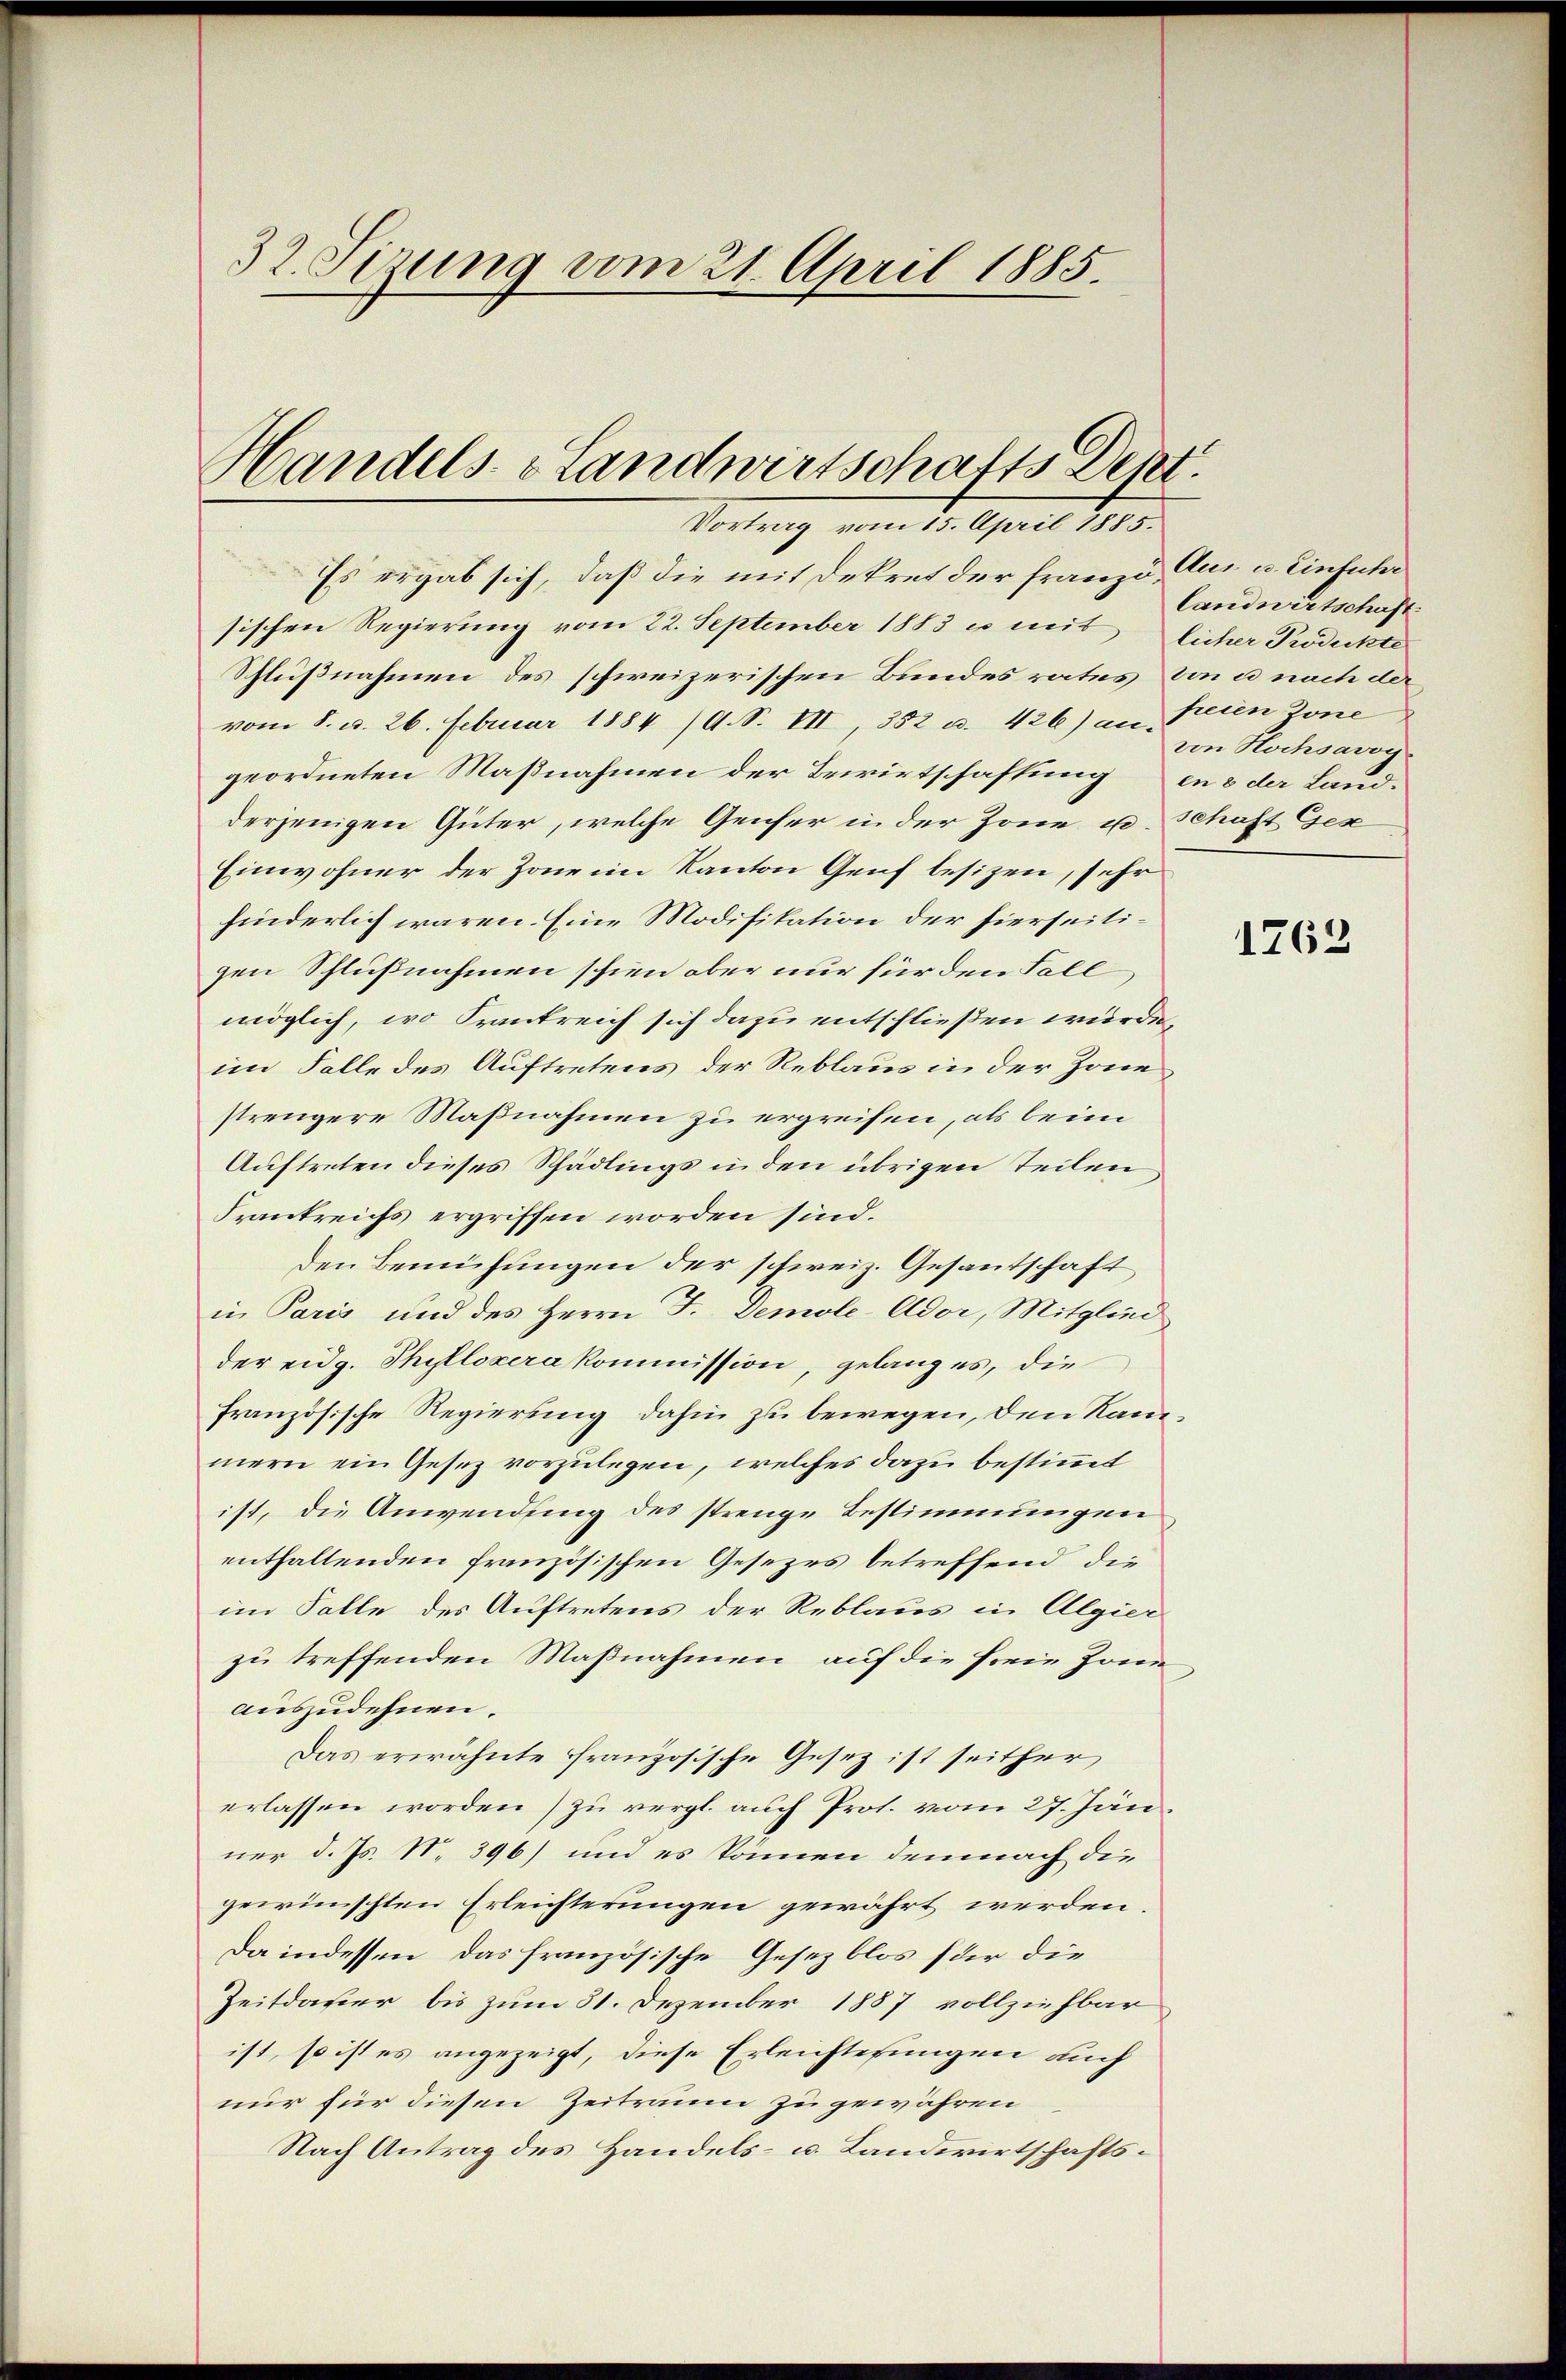
32. Sizung vom 21. April 1885.

Handels- Landwirtschafts Dept.
Vortrag vom 15. April 1885.

Es ergab sich, daß die mit Dekret der franzo Aus u. Einfuhr
sischen Regierung vom 22. September 1883 es mit licher Prodeckte
Schlußnahmen des schweizerischen Bundes rates von u nach der
vom 8. d. 26. Februar 1884 /A. S. VII, 382 u. 426) an Frien Zone
geordneten Maßnahmen der Bewirtschaffung in 3 der Land-
derjenigen Güter, welche Genfer in der Zone u. Schaft Ges
Einwohner der Zonein Kanton Genf besizen, sehr
hinderlich waren. Eine Modifikation der hierseitigen Schlußnahmen schien aber nur für den Fall,
möglich, wo Krankreich sich dazu entschließen würde,
im Falle des Auftretens der Reblaus in der Zonestrengere Maßnahmen zu ergreifen, als beim
Auftreten dieses Schädlings in den übrigen Teilen
Srankreichs ergriffen worden sind.
den Bemühungen der schweiz. Gesantschaft
in Paris und des Herrn F. Demole-Ador, Mitglied
der eidg. Thullozera kommission, gelang es, die
französische Regierung dahin zu bewegen, den Kammern ein Gesez vorzulegen, welches dazu bestimmt
ist, die Anwendung des strenge Bestimmungen
enthaltenden französischen Gesezes betreffend die
im Falle des Auftretens der Reblaus in Algier
zu treffenden Maßnahmen auf die freie Jone
auszudehnen.
Das erwähnte Französische Gesetz ist seither
erlassen worden) zu vergl. auch Prot. vom 27. Jän
ner d. Js. N. 396) und es können demnach die
gewünschten Erleichterungen gewährt werden.
Da indessen, das französische Gesez blos für die
Zeitdauer bis zum 31. Dezember 1887 vollziehbar
ist, so ist es angezeigt, diese Erleichtesungen auch
nur für diesen Zeitraum zu gewähren
Nach Antrag des Handels- u. Landwirtschafts¬

landwirtschaft
von Hochsavoy

1762